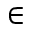
\in